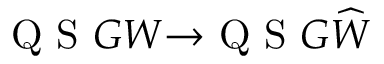
\mathrm { ~ Q ~ S ~ } G W { \rightarrow } \mathrm { ~ Q ~ S ~ } G \widehat { W }